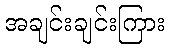
အချင်းချင်းကြား